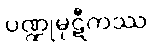
ပဏ္ဍုမုဋီကဿ